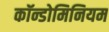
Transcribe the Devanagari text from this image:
कॉन्डोमिनियम